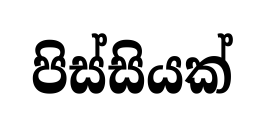
පිස්සියක්